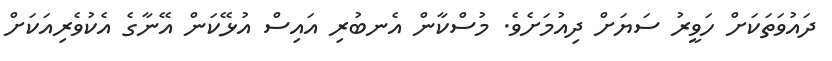
ދައުވަތަކަށް ހަވީރު ސަޔަށް ދިއުމަށެވެ. މުސްކާން އެނބުރި އައިސް އުޅޭކަން އޭނާގެ އެކުވެރިއަކަށް